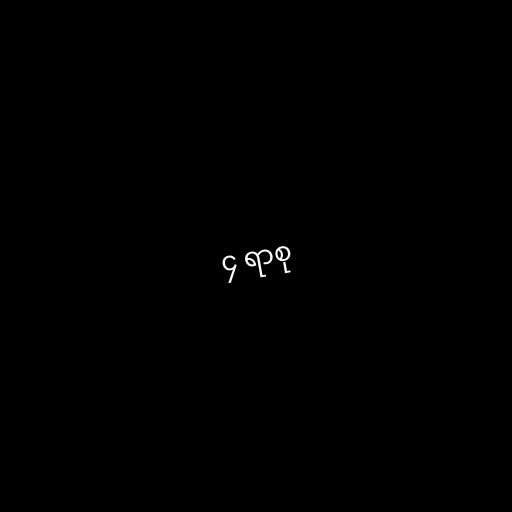
၄ ရာစု